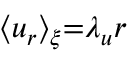
{ \langle u _ { r } \rangle _ { \xi } } { = } { \lambda _ { u } } r